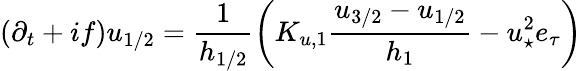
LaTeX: (\partial_{t}+if)u_{1/2}=\frac{1}{h_{1/2}}\left(K_{u,1}\frac{u_{3/2}-u_{1/2}}{h_{1}}-{u_{\star}^{2}e_{\tau}}\right)